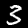
Label: 3